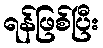
ရန်ဖြစ်ပြီး